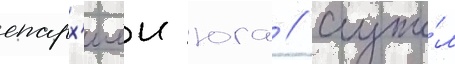
епарх'иеи юга // Служи́л